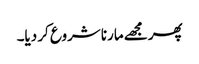
پھر مجھے مارنا شروع کر دیا۔